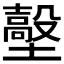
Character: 𡒼